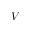
V